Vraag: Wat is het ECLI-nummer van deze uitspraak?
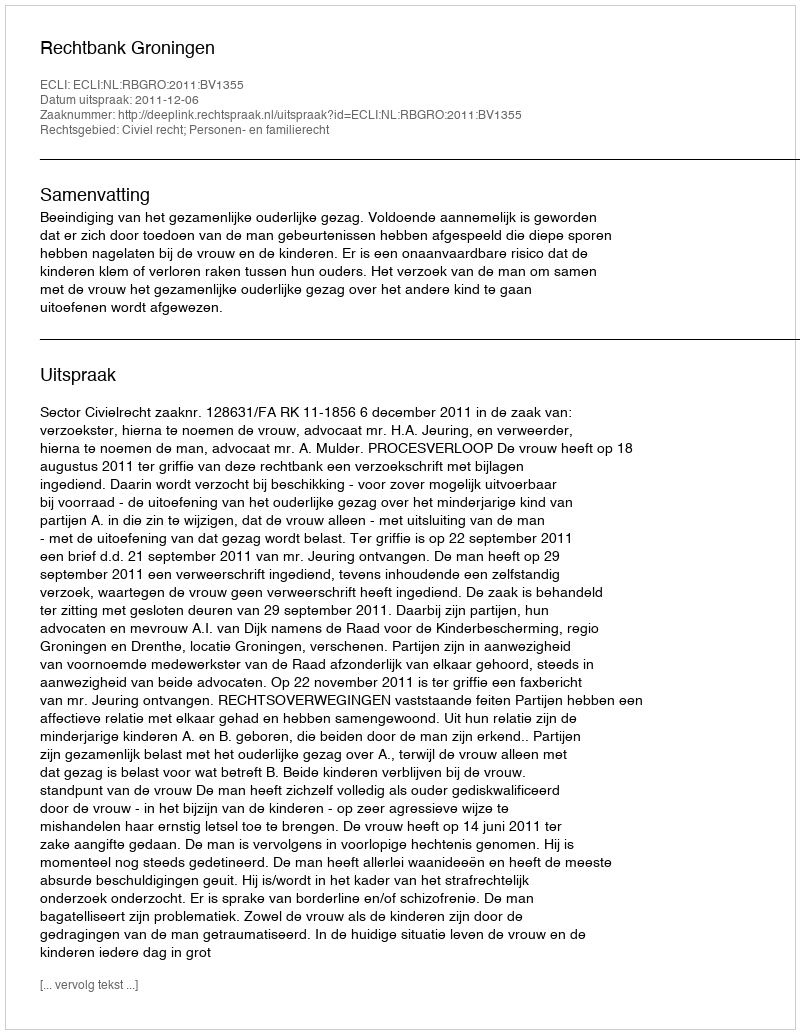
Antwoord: ECLI:NL:RBGRO:2011:BV1355